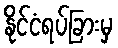
နိုင်ငံရပ်ခြားမှ